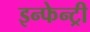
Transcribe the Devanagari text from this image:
इन्फेन्ट्री